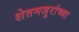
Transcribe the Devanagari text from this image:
शेतमजुरांच्या